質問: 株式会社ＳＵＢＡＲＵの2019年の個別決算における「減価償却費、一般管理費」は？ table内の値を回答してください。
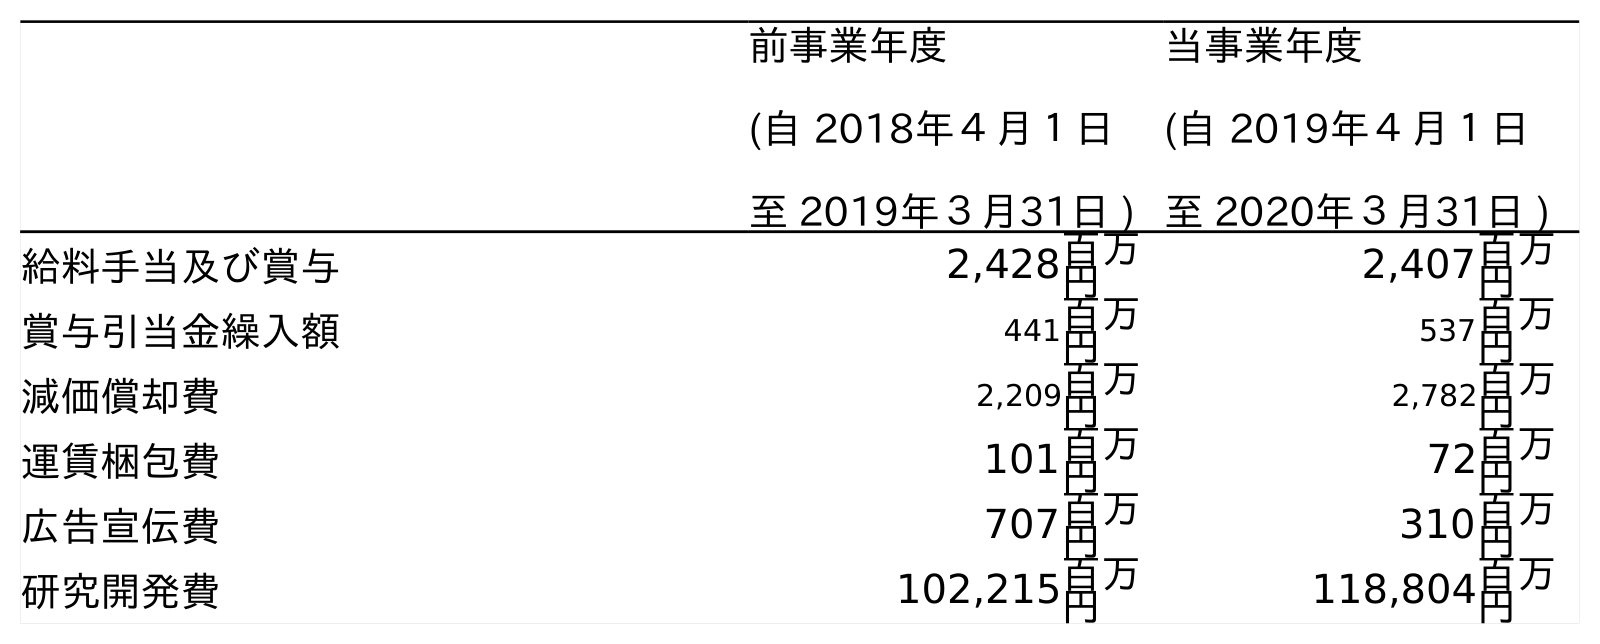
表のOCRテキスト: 前事業年度 (自 2018年４月１日 至 2019年３月31日 ) 当事業年度 (自 2019年４月１日 至 2020年３月31日 ) 給料手当及び賞与 2,428百万 円 2,407百万 円 賞与引当金繰入額 441百万 円 537百万 円 減価償却費 2,209百万 円 2,782百万 円 運賃梱包費 101百万 円 72百万 円 広告宣伝費 707百万 円 310百万 円 研究開発費 102,215百万 円 118,804百万 円
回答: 2,209